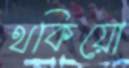
থকিয়ো